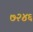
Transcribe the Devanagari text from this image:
७२४६